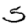
Digit: 5